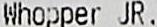
WHOPPER JR.